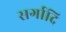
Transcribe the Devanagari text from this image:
सर्गादि